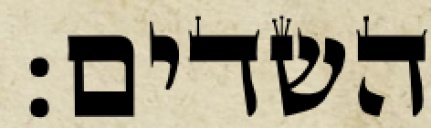
השדים: